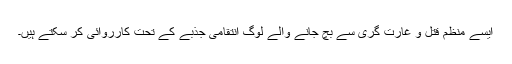
ایسے منظم قتل و غارت گری سے بچ جانے والے لوگ انتقامی جذبے کے تحت کارروائی کر سکتے ہیں۔